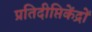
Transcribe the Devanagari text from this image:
प्रतिदीप्तिकेंद्रों